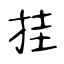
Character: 挂